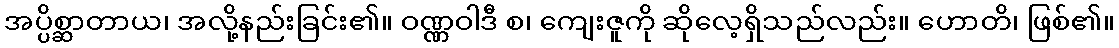
အပ္ပိစ္ဆာတာယ၊ အလို့နည်းခြင်း၏။ ဝဏ္ဏဝါဒီ စ၊ ကျေးဇူကို ဆိုလေ့ရှိသည်လည်း။ ဟောတိ၊ ဖြစ်၏။